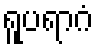
ရူပရာဂံ